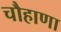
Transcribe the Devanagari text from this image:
चौहाणा